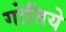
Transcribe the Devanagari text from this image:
गोतिये